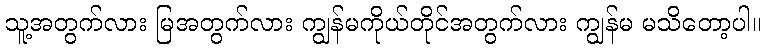
သူ့အတွက်လား မြအတွက်လား ကျွန်မကိုယ်တိုင်အတွက်လား ကျွန်မ မသိတော့ပါ။